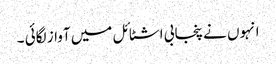
انہوں نے پنجابی اشٹائل میں آواز لگائی ۔